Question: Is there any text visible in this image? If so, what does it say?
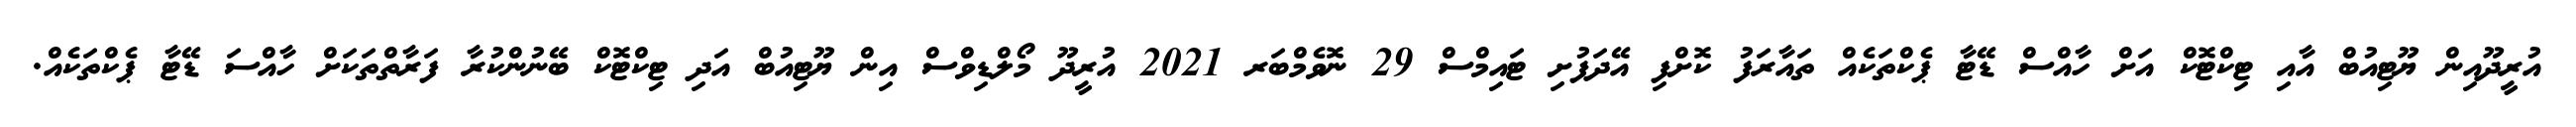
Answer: އުރީދޫއިން ޔޫޓިއުބް އާއި ޓިކްޓޮކް އަށް ހާއްސް ޑޭޓާ ޕެކްތަކެއް ތައާރަފު ކޮށްފި އޭދަފުށި ޓައިމްސް 29 ނޮވެމްބަރ 2021 އުރީދޫ މޯލްޑިވްސް އިން ޔޫޓިއުބް އަދި ޓިކްޓޮކް ބޭނުންކުރާ ފަރާތްތަކަށް ހާއްސަ ޑޭޓާ ޕެކްތަކެއް.